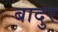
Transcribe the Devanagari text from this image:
बादुर